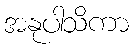
အနုပါသိကာ